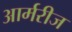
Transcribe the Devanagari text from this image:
आर्मरीज